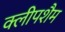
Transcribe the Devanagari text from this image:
क्लीपशैम